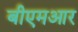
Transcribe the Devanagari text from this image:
बीएमआर